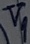
Text: V9